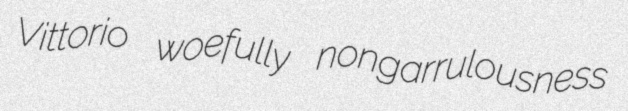
Vittorio woefully nongarrulousness